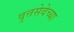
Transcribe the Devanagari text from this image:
वृत्तसेवेच्या